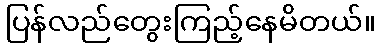
ပြန်လည်တွေးကြည့်နေမိတယ်။